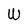
Character: W